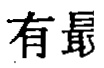
有最